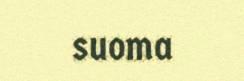
suoma